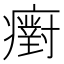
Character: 𤻫